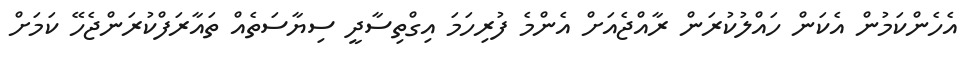
އެހެންކަމުން އެކަން ހައްލުކުރަން ރާއްޖެއަށް އެންމެ ފުރިހަމަ އިގްތިސާދީ ސިޔާސަތެއް ތައާރަފްކުރަންޖެހޭ ކަމަށް